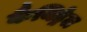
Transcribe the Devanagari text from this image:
कैथिड्रेल